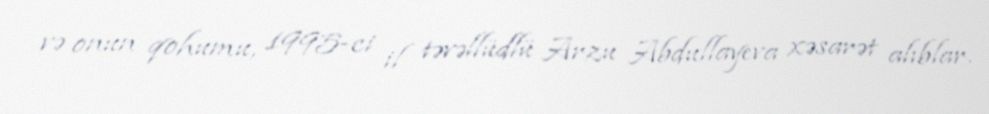
və onun qohumu, 1995-ci il təvəllüdlü Arzu Abdullayeva xəsarət alıblar.